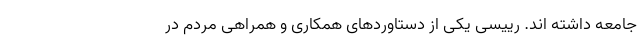
جامعه داشته اند. رییسی یکی از دستاوردهای همکاری و همراهی مردم در